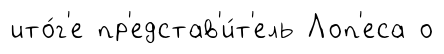
ито́г'е пр'едстав'и́т'ель Лоп'еса о